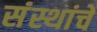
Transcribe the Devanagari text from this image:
संंस्थांचे